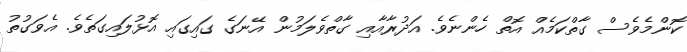
ކޮންމެވެސް ގާތްކަމެއް އޮތް ހެންނެވެ. އަދުރާއާއި ގާތްވެލަމުން އޭނަގެ ގައިގައި އޮޅުލައިގަތެވެ. އެވަގުތު